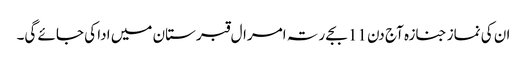
ان کی نماز جنازہ آج دن 11 بجے رتہ امرال قبرستان میں ادا کی جائے گی۔